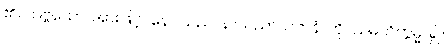
၏။ သဗ္ဗသော၊ အားဖြင့်။ နေဝသညာနာသညာယတနံ၊ ကို။ သမတိက္ကမ္မ၊ ၍။